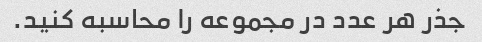
جذر هر عدد در مجموعه را محاسبه کنید.